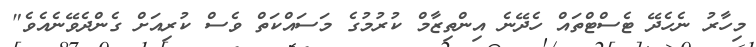
މިހާރު ނެހެދޭ ޓެސްޓްތައް ހެދޭނެ އިންތިޒާމް ކުރުމުގެ މަސައްކަތް ވެސް ކުރިއަށް ގެންދެވޭނެއެވެ"